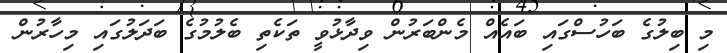
މި ބިލުގެ ބަހުސްގައި ބައެއް މެންބަރުން ވިދާޅުވީ ތަކެތި ބެލުމުގެ ބަދަލުގައި މިހާރުން